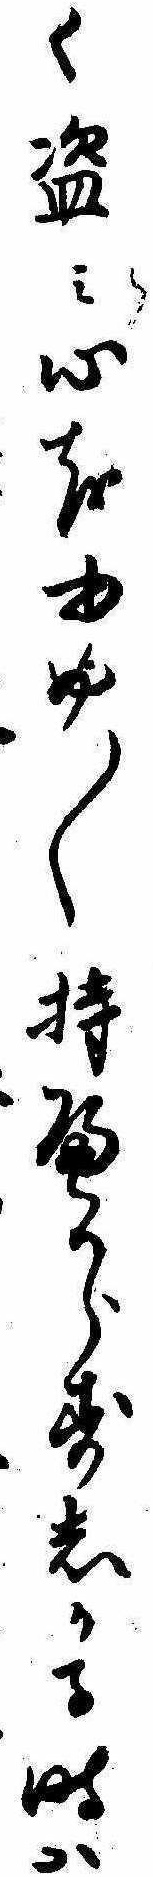
く盗み心をゆめ〱持へからすしかる時は